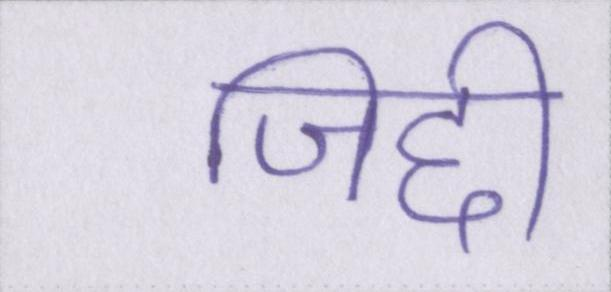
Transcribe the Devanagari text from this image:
जिद्दी